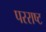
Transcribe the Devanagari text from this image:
परराष्ट